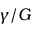
\gamma / G